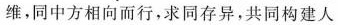
维，同中方相向而行，求同存异，共同构建人